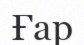
Ғар